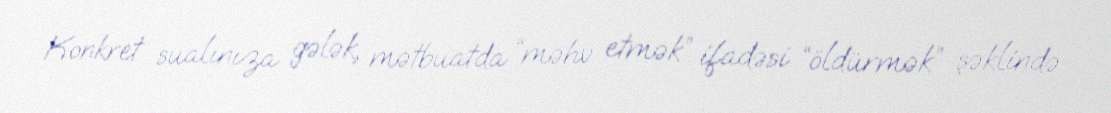
Konkret sualınıza gələk, mətbuatda “məhv etmək” ifadəsi “öldürmək” şəklində